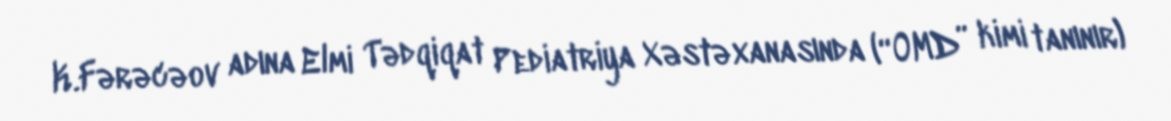
K.Fərəcəov adına Elmi Tədqiqat Pediatriya Xəstəxanasında (“OMD” kimi tanınır)